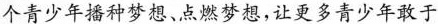
个青少年播种梦想、点燃梦想，让更多青少年敢于